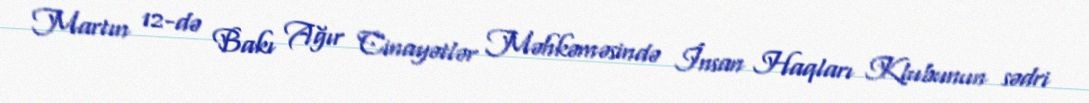
Martın 12-də Bakı Ağır Cinayətlər Məhkəməsində İnsan Haqları Klubunun sədri